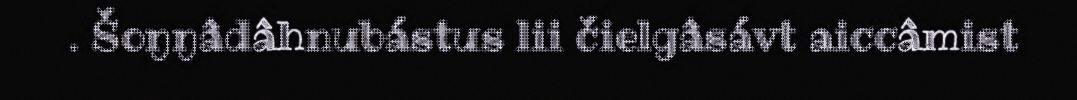
. Šoŋŋâdâhnubástus lii čielgâsávt aiccâmist